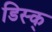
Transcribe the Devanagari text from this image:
डिस्क्